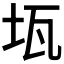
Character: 𤬪